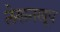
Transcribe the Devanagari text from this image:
लेखनखूप